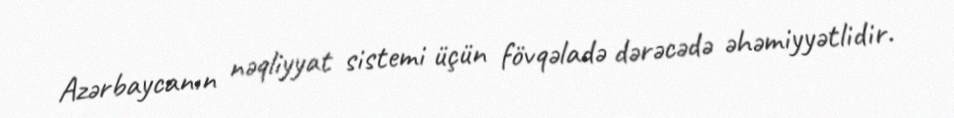
Azərbaycanın nəqliyyat sistemi üçün fövqəladə dərəcədə əhəmiyyətlidir.